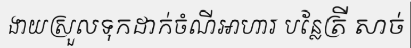
ងាយស្រួលទុកដាក់ចំណីអាហារ បន្លែត្រី សាច់